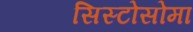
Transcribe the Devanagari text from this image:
सिस्टोसोमा